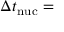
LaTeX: \Delta t _ { \mathrm { n u c } } =